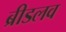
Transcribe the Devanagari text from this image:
ब्रीडलव